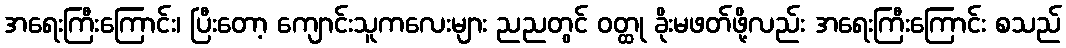
အရေးကြီးကြောင်း၊ ပြီးတော့ ကျောင်းသူကလေးများ ညညတွင် ဝတ္ထု ခိုးမဖတ်ဖို့လည်း အရေးကြီးကြောင်း စသည်